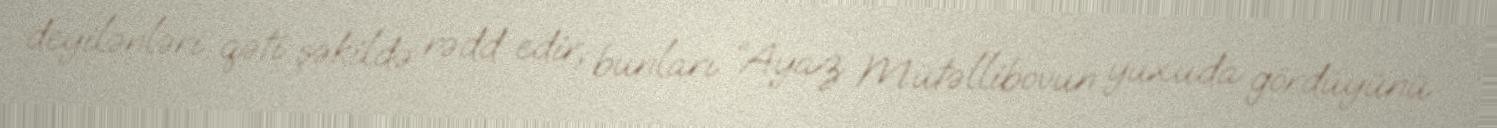
deyilənləri qəti şəkildə rədd edir, bunları “Ayaz Mütəllibovun yuxuda gördüyünü